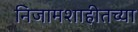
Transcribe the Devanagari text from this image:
निजामशाहीतच्या